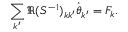
\sum _ { k ^ { \prime } } \Re ( S ^ { - 1 } ) _ { k k ^ { \prime } } \dot { { \boldsymbol \theta } } _ { k ^ { \prime } } = F _ { k } .